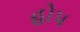
હોપ